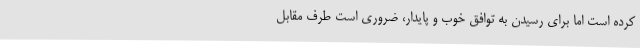
کرده است اما برای رسیدن به توافق خوب و پایدار، ضروری است طرف مقابل